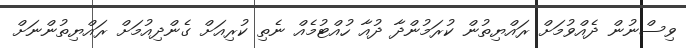
ވިސްނުން ދެއްވުމަށް ރައްޔިތުން ކުރަމުންދާ ދުއާ ހުއްޓުމެއް ނެތި ކުރިއަށް ގެންދިއުމަށް ރައްޔިތުންނަށް